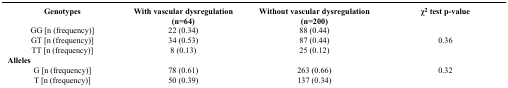
<table><thead><tr><td><b>Genotypes</b></td><td><b>With vascular dysregulation (n=64)</b></td><td><b>Without vascular dysregulation (n=200)</b></td><td><b>χ<sup>2</sup> test p-value</b></td></tr></thead><tbody><tr><td>GG [n (frequency)]</td><td>22 (0.34)</td><td>88 (0.44)</td><td> </td></tr><tr><td>GT [n (frequency)]</td><td>34 (0.53)</td><td>87 (0.44)</td><td>0.36</td></tr><tr><td>TT [n (frequency)]</td><td>8 (0.13)</td><td>25 (0.12)</td><td> </td></tr><tr><td colspan="4"><b>Alleles</b></td></tr><tr><td>G [n (frequency)]</td><td>78 (0.61)</td><td>263 (0.66)</td><td>0.32</td></tr><tr><td>T [n (frequency)]</td><td>50 (0.39)</td><td>137 (0.34)</td><td> </td></tr></tbody></table>